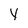
Character: V